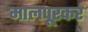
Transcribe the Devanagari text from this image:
मालपूरकर